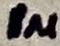
Text: 1µ